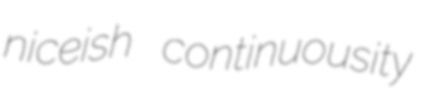
niceish continuousity